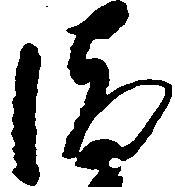
清